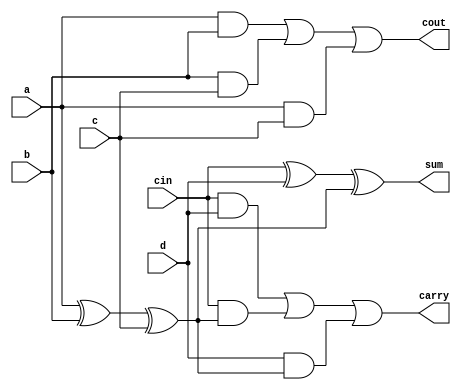
//#############################################################################
//# Function: Carry Save Adder (4:2) (aka 5:3)                                #
//# Copyright: OH Project Authors. ALl rights Reserved.                       #
//# License:  MIT (see LICENSE file in OH repository)                         #
//#############################################################################

module asic_csa42 #(parameter PROP = "DEFAULT")  ( input  a,
    input  b,
    input  c,
    input  d,
    input  cin,
    output sum,
    output carry,
    output cout
    );

   assign cout   = (a & b) | (b & c) | (a & c);
   assign sumint = a ^ b ^ c;
   assign sum    = cin ^ d ^ sumint;
   assign carry  = (cin & d) | (cin & sumint) | (d & sumint);

endmodule